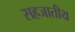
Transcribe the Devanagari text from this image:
सहजातीय